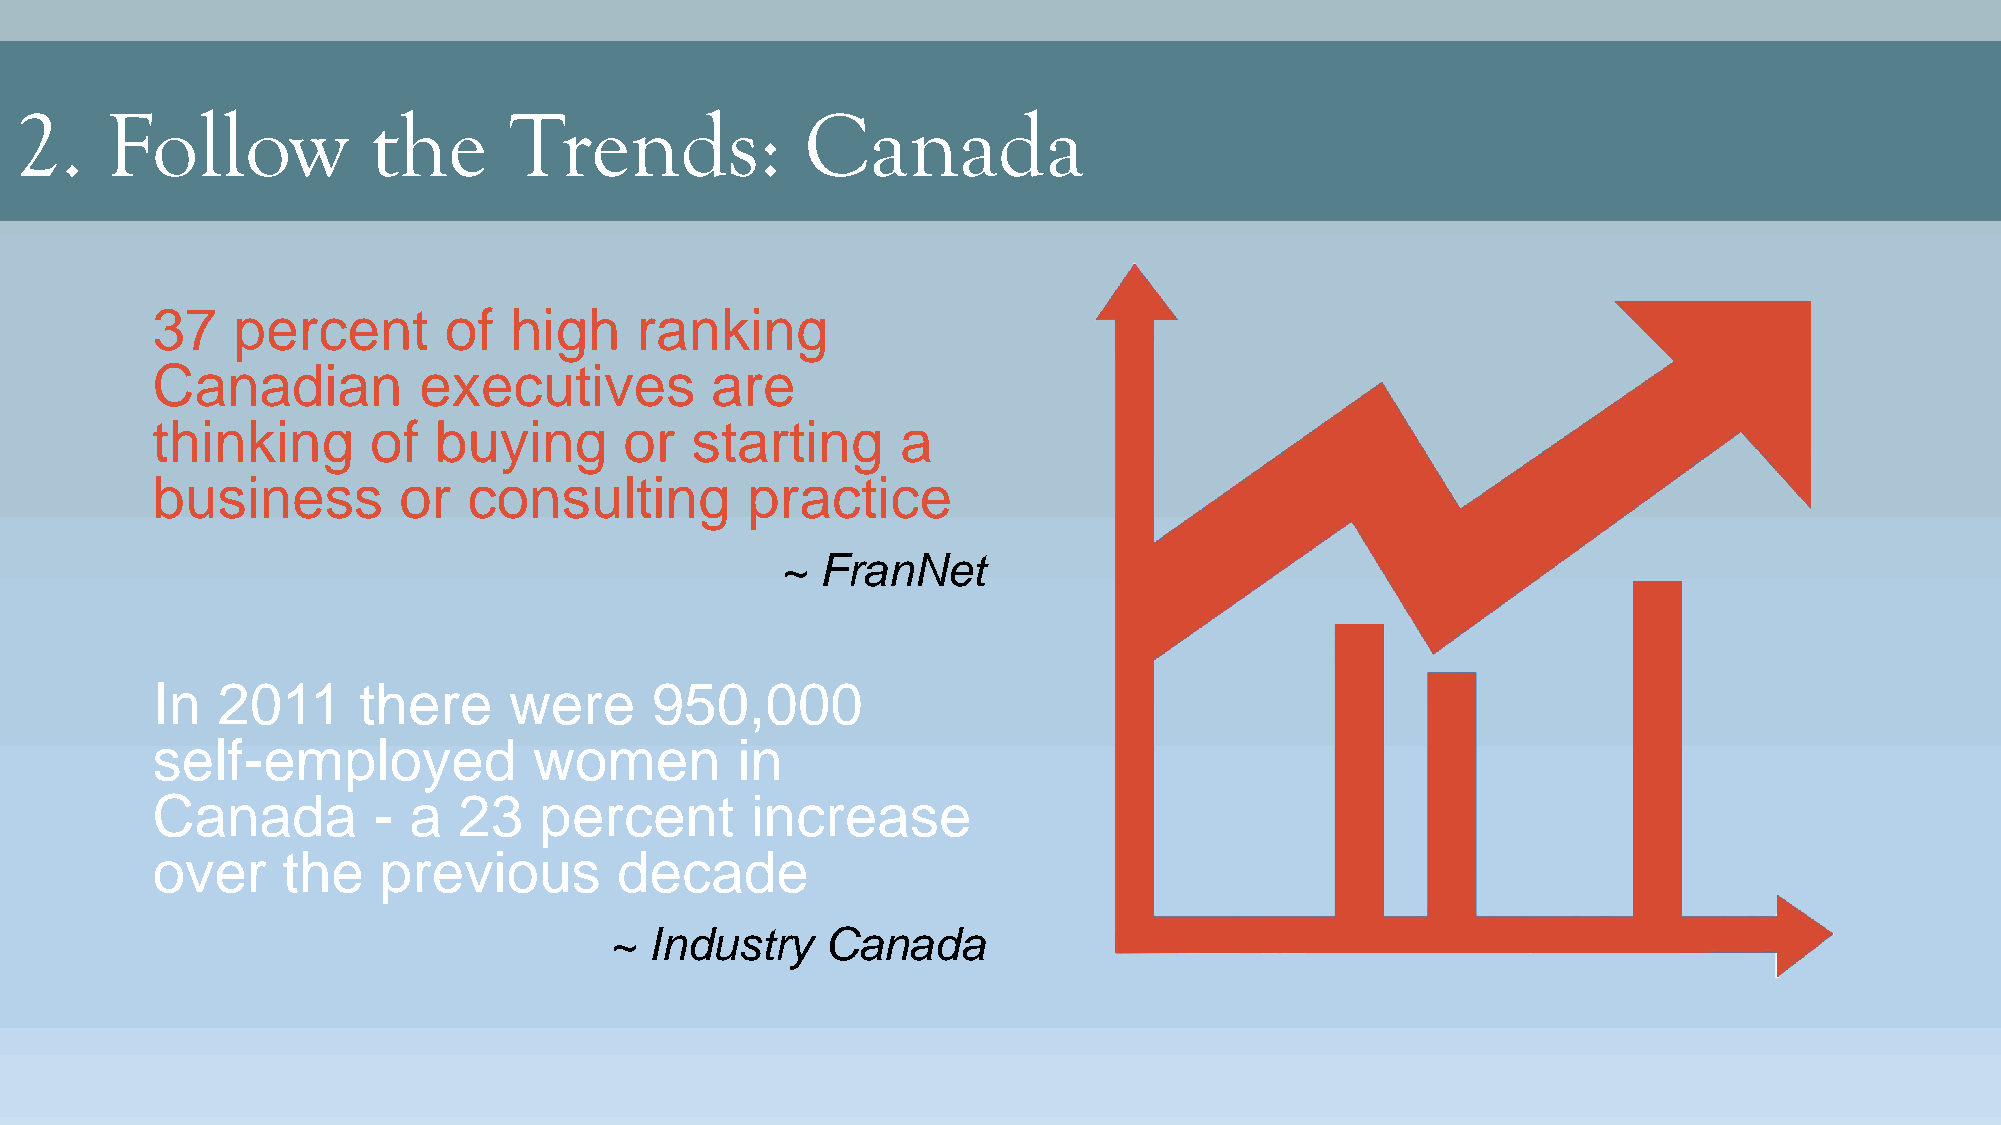
2.    Follow            the      Trends:            Canada
 37   percent       of   high    ranking
 Canadian          executives         are
 thinking      of   buying      or   starting      a
 business        or   consulting        practice
 ~ FranNet
 In  2011      there     were     950,000
 self-employed            women         in
 Canada         - a  23    percent       increase
 over     the   previous        decade
 ~  Industry    Canada